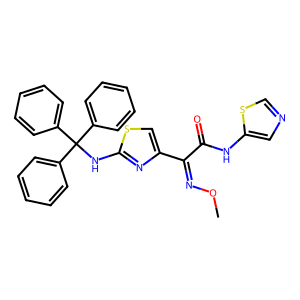
SMILES: CON=C(C(=O)Nc1cncs1)c1csc(NC(c2ccccc2)(c2ccccc2)c2ccccc2)n1
Inhibits HIV replication: No